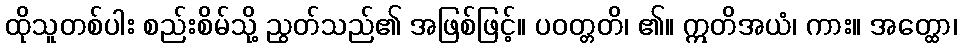
ထိုသူတစ်ပါး စည်းစိမ်သို့ ညွတ်သည်၏ အဖြစ်ဖြင့်။ ပဝတ္တတိ၊ ၏။ ဣတိအယံ၊ ကား။ အတ္ထော၊